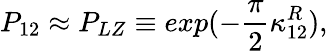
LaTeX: P_{12}\approx P_{LZ}\equiv exp(-\frac{\pi}{2}\kappa_{12}^{R}),